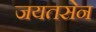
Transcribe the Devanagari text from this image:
जयतसेन